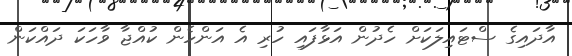
އާދައިގެ ސްޓައިލަކަށް ހެދުން އަޅާފައި ހުރި އެ އަންހެން ކުއްޖާ ވާހަކަ ދައްކަން